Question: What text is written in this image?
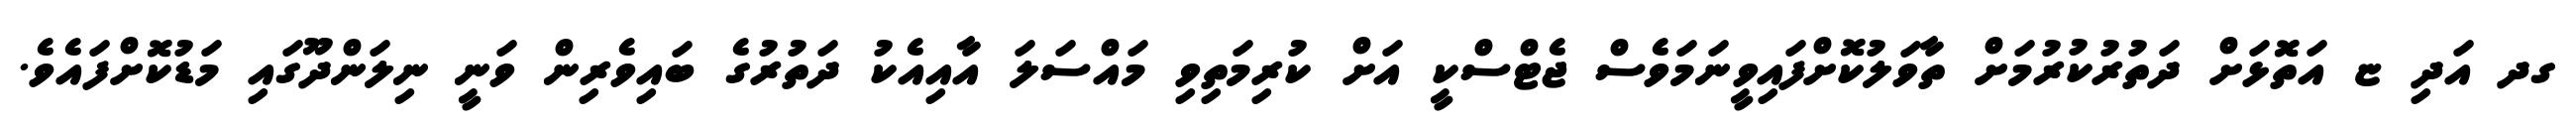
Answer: ގދ އަދި ޏ އަތޮޅަށް ދަތުރުކުރުމަށް ތާވަލުކޮށްފައިވީނަމަވެސް ޖެޓްސްކީ އަށް ކުރިމަތިވި މައްސަލަ އާއިއެކު ދަތުރުގެ ބައިވެރިން ވަނީ ނިލަންދޫގައި މަޑުކޮށްފައެވެ.